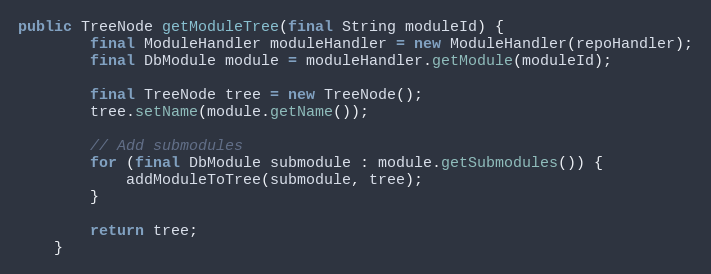
Language: Java
public TreeNode getModuleTree(final String moduleId) {
        final ModuleHandler moduleHandler = new ModuleHandler(repoHandler);
        final DbModule module = moduleHandler.getModule(moduleId);

        final TreeNode tree = new TreeNode();
        tree.setName(module.getName());

        // Add submodules
        for (final DbModule submodule : module.getSubmodules()) {
            addModuleToTree(submodule, tree);
        }

        return tree;
    }